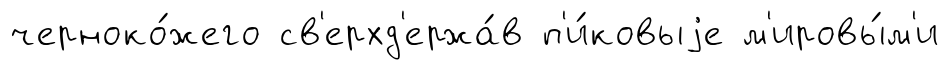
черноко́жего св'ерхд'ержа́в п'и́ковыjе м'ировы́м'и